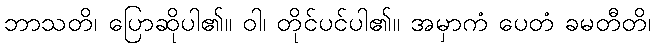
ဘာသတိ၊ ပြောဆိုပါ၏။ ဝါ၊ တိုင်ပင်ပါ၏။ အမှာကံ ပေတံ ခမတီတိ၊